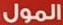
المول